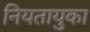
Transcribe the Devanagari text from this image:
नियतायुका